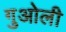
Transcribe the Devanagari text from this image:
गुओली